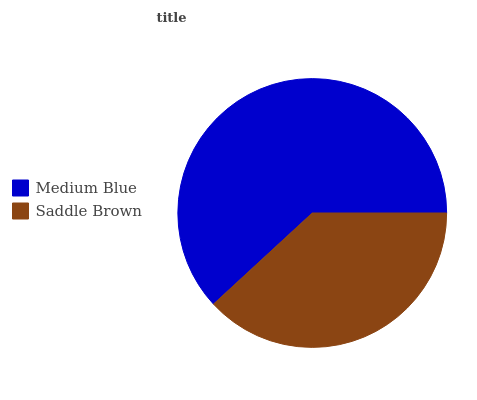
| Medium Blue | Saddle Brown |
 | --- | --- |
 | 61.8% | 38.2% |